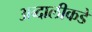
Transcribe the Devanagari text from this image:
अब्दालीकडे